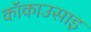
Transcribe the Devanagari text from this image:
कॉकाउसाइ